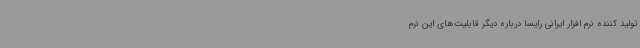
تولید کننده نرم افزار ایرانی رایسا درباره دیگر قابلیت‌های این نرم